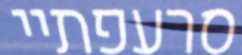
סרעפתיי